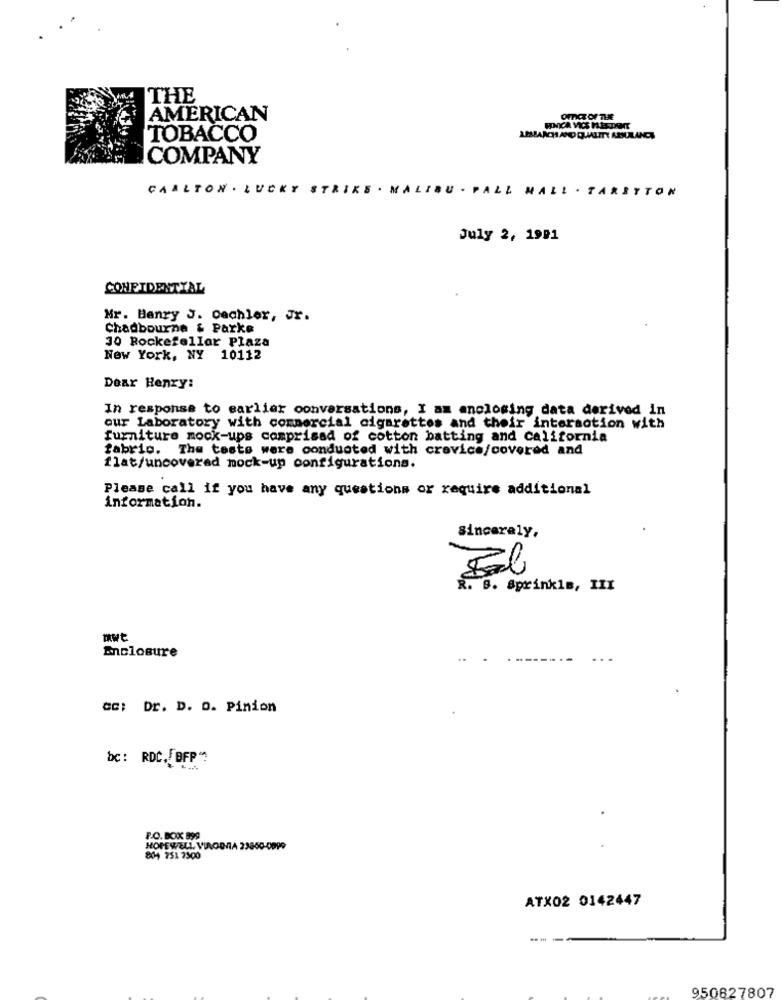
THE
AMERICAN
OFFICE OF THE
FINCA VICS HISDOT
TOBACCO
COMPANY
CARLTON . LUCKY STRIKE . MALIBU . PAL
HALL . TARBYTON
July 2, 1991
CONFIDENTIAL
Mr. Hanry J. Cechler, Jr.
Chadbourne & Parke
30 Rockefeller Plaza
New York, NY 10112
Dear Henry:
In response to earlier conversations, I am enclosing data derived in
our Laboratory with commercial cigarettes and their interaction with
furniture mock-ups comprised of cotton batting and california
fabric. The tests were conducted with crevice/covered and
flat/uncovered mock-up configurations.
Please call if you have any questions or require additional
information.
Sincerely,
R. B. Sprinkle, III
mwt
Enclosure
cc: Dr. D. O. Pinion
bc: RDC. BFP"
P.O. BOXX 899
HOPEWELL VIROD
804 751 3500
ATX02 0142447
950827807